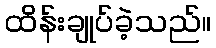
ထိန်းချုပ်ခဲ့သည်။